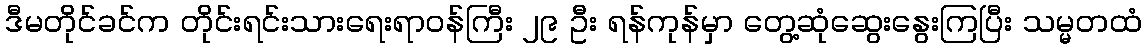
ဒီမတိုင်ခင်က တိုင်းရင်းသားရေးရာဝန်ကြီး ၂၉ ဦး ရန်ကုန်မှာ တွေ့ဆုံဆွေးနွေးကြပြီး သမ္မတထံ